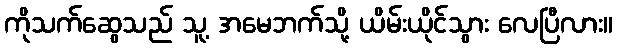
ကိုသက်ဆွေသည် သူ့ အမေဘက်သို့ ယိမ်းယိုင်သွား လေပြီလား။